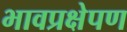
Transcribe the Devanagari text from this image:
भावप्रक्षेपण